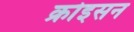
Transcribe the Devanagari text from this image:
क्रोइसन